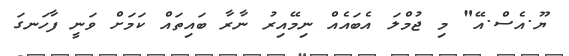
ޔޫ.އެސް.އޭ" މި ޖުމްލަ އެބައެއް ނިމޭއިރު ނާރާ ބައިތައް ކަމަށް ވަނީ ފާހަނގަ